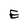
Character: E